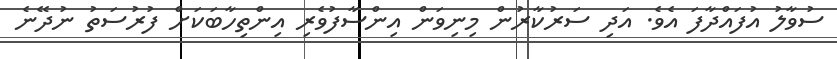
ސުވާލު އުފައްދާފަ އެވެ. އަދި ސަރުކާރުން މިނިވަން އިންސާފުވެރި އިންތިހާބަކަށް ފުރުސަތު ނުދޭނެ